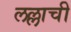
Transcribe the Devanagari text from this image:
लल्लाची